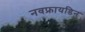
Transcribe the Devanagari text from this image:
नवफ्रायडिन